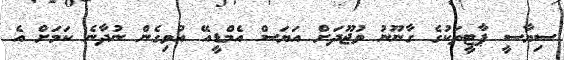
ސިޔާސީ ޕާޓީތަކުގެ ގާނޫނު ވުޖޫދަށް އަޔަސް އެމްޑީއޭ އުވިގެން ނުދާނެ ކަމަށް އެ